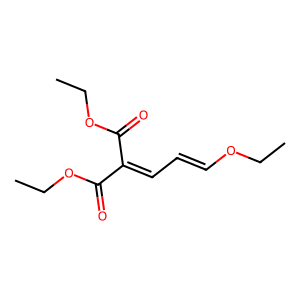
SMILES: CCOC=CC=C(C(=O)OCC)C(=O)OCC
Inhibits HIV replication: No